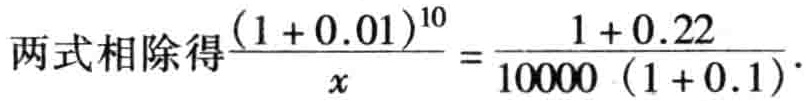
两式相除得$\frac{(1 + 0.01)^{10}}{x}=\frac{1 + 0.22}{10000(1 + 0.1)}$.